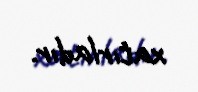
xatırladır.